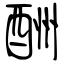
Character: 酬